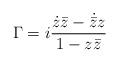
LaTeX: \begin{align*}\Gamma = i\frac{\dot{z}\bar{z}-\dot{\bar{z}}z}{1-z\bar{z}}\end{align*}